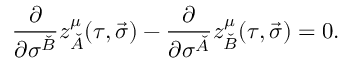
\frac { \partial } { \partial \sigma ^ { \check { B } } } z _ { \check { A } } ^ { \mu } ( \tau , \vec { \sigma } ) - \frac { \partial } { \partial \sigma ^ { \check { A } } } z _ { \check { B } } ^ { \mu } ( \tau , \vec { \sigma } ) = 0 .